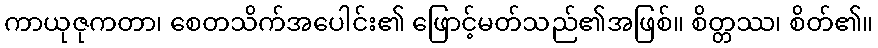
ကာယုဇုကတာ၊ စေတသိက်အပေါင်း၏ ဖြောင့်မတ်သည်၏အဖြစ်။ စိတ္တဿ၊ စိတ်၏။